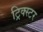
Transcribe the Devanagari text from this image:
ट्रिक्स्टर